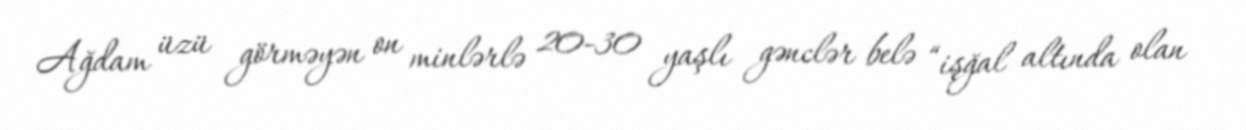
Ağdam üzü görməyən on minlərlə 20-30 yaşlı gənclər belə “işğal altında olan